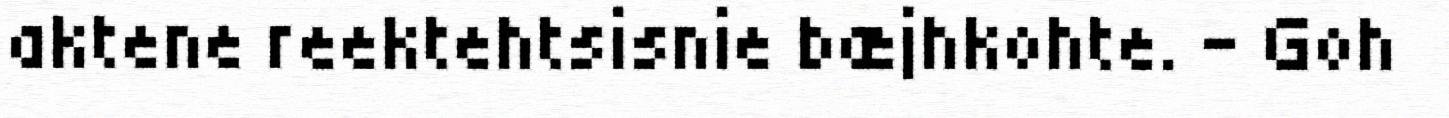
aktene reektehtsisnie bæjhkohte. - Goh